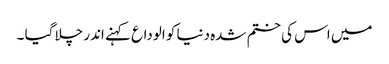
میں اس کی ختم شدہ دنیا کو الوداع کہنے اندر چلا گیا ۔